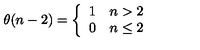
\theta ( n - 2 ) = \left\{ \begin{array} { l l } { 1 } & { n > 2 } \\ { 0 } & { n \leq 2 } \\ \end{array} \right.